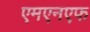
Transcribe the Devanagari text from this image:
एमएनएफ